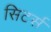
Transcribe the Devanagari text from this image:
सिटर्स